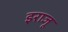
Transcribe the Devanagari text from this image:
इराजू